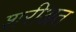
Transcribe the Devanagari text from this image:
शरीअत